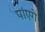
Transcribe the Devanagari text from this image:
पांएगे